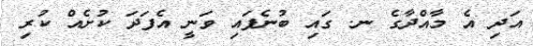
އަދި އެ މާއްދާގެ ނ. ގައި ބުނެފައި ވަނީ އެފަދަ ކުށެއް ކުރި